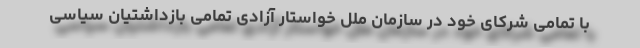
با تمامی شرکای خود در سازمان ملل خواستار آزادی تمامی بازداشتیان سیاسی